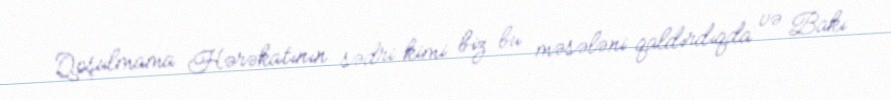
Qoşulmama Hərəkatının sədri kimi biz bu məsələni qaldırdıqda və Bakı